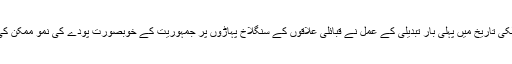
ملکی تاریخ میں پہلی بار تبدیلی کے عمل نے قبائلی علاقوں کے سنگلاخ پہاڑوں پر جمہوریت کے خوبصورت پودے کی نمو ممکن کی۔